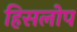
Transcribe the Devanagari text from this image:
हिसलोप